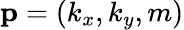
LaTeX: \mathbf{p}=(k_{x},k_{y},m)